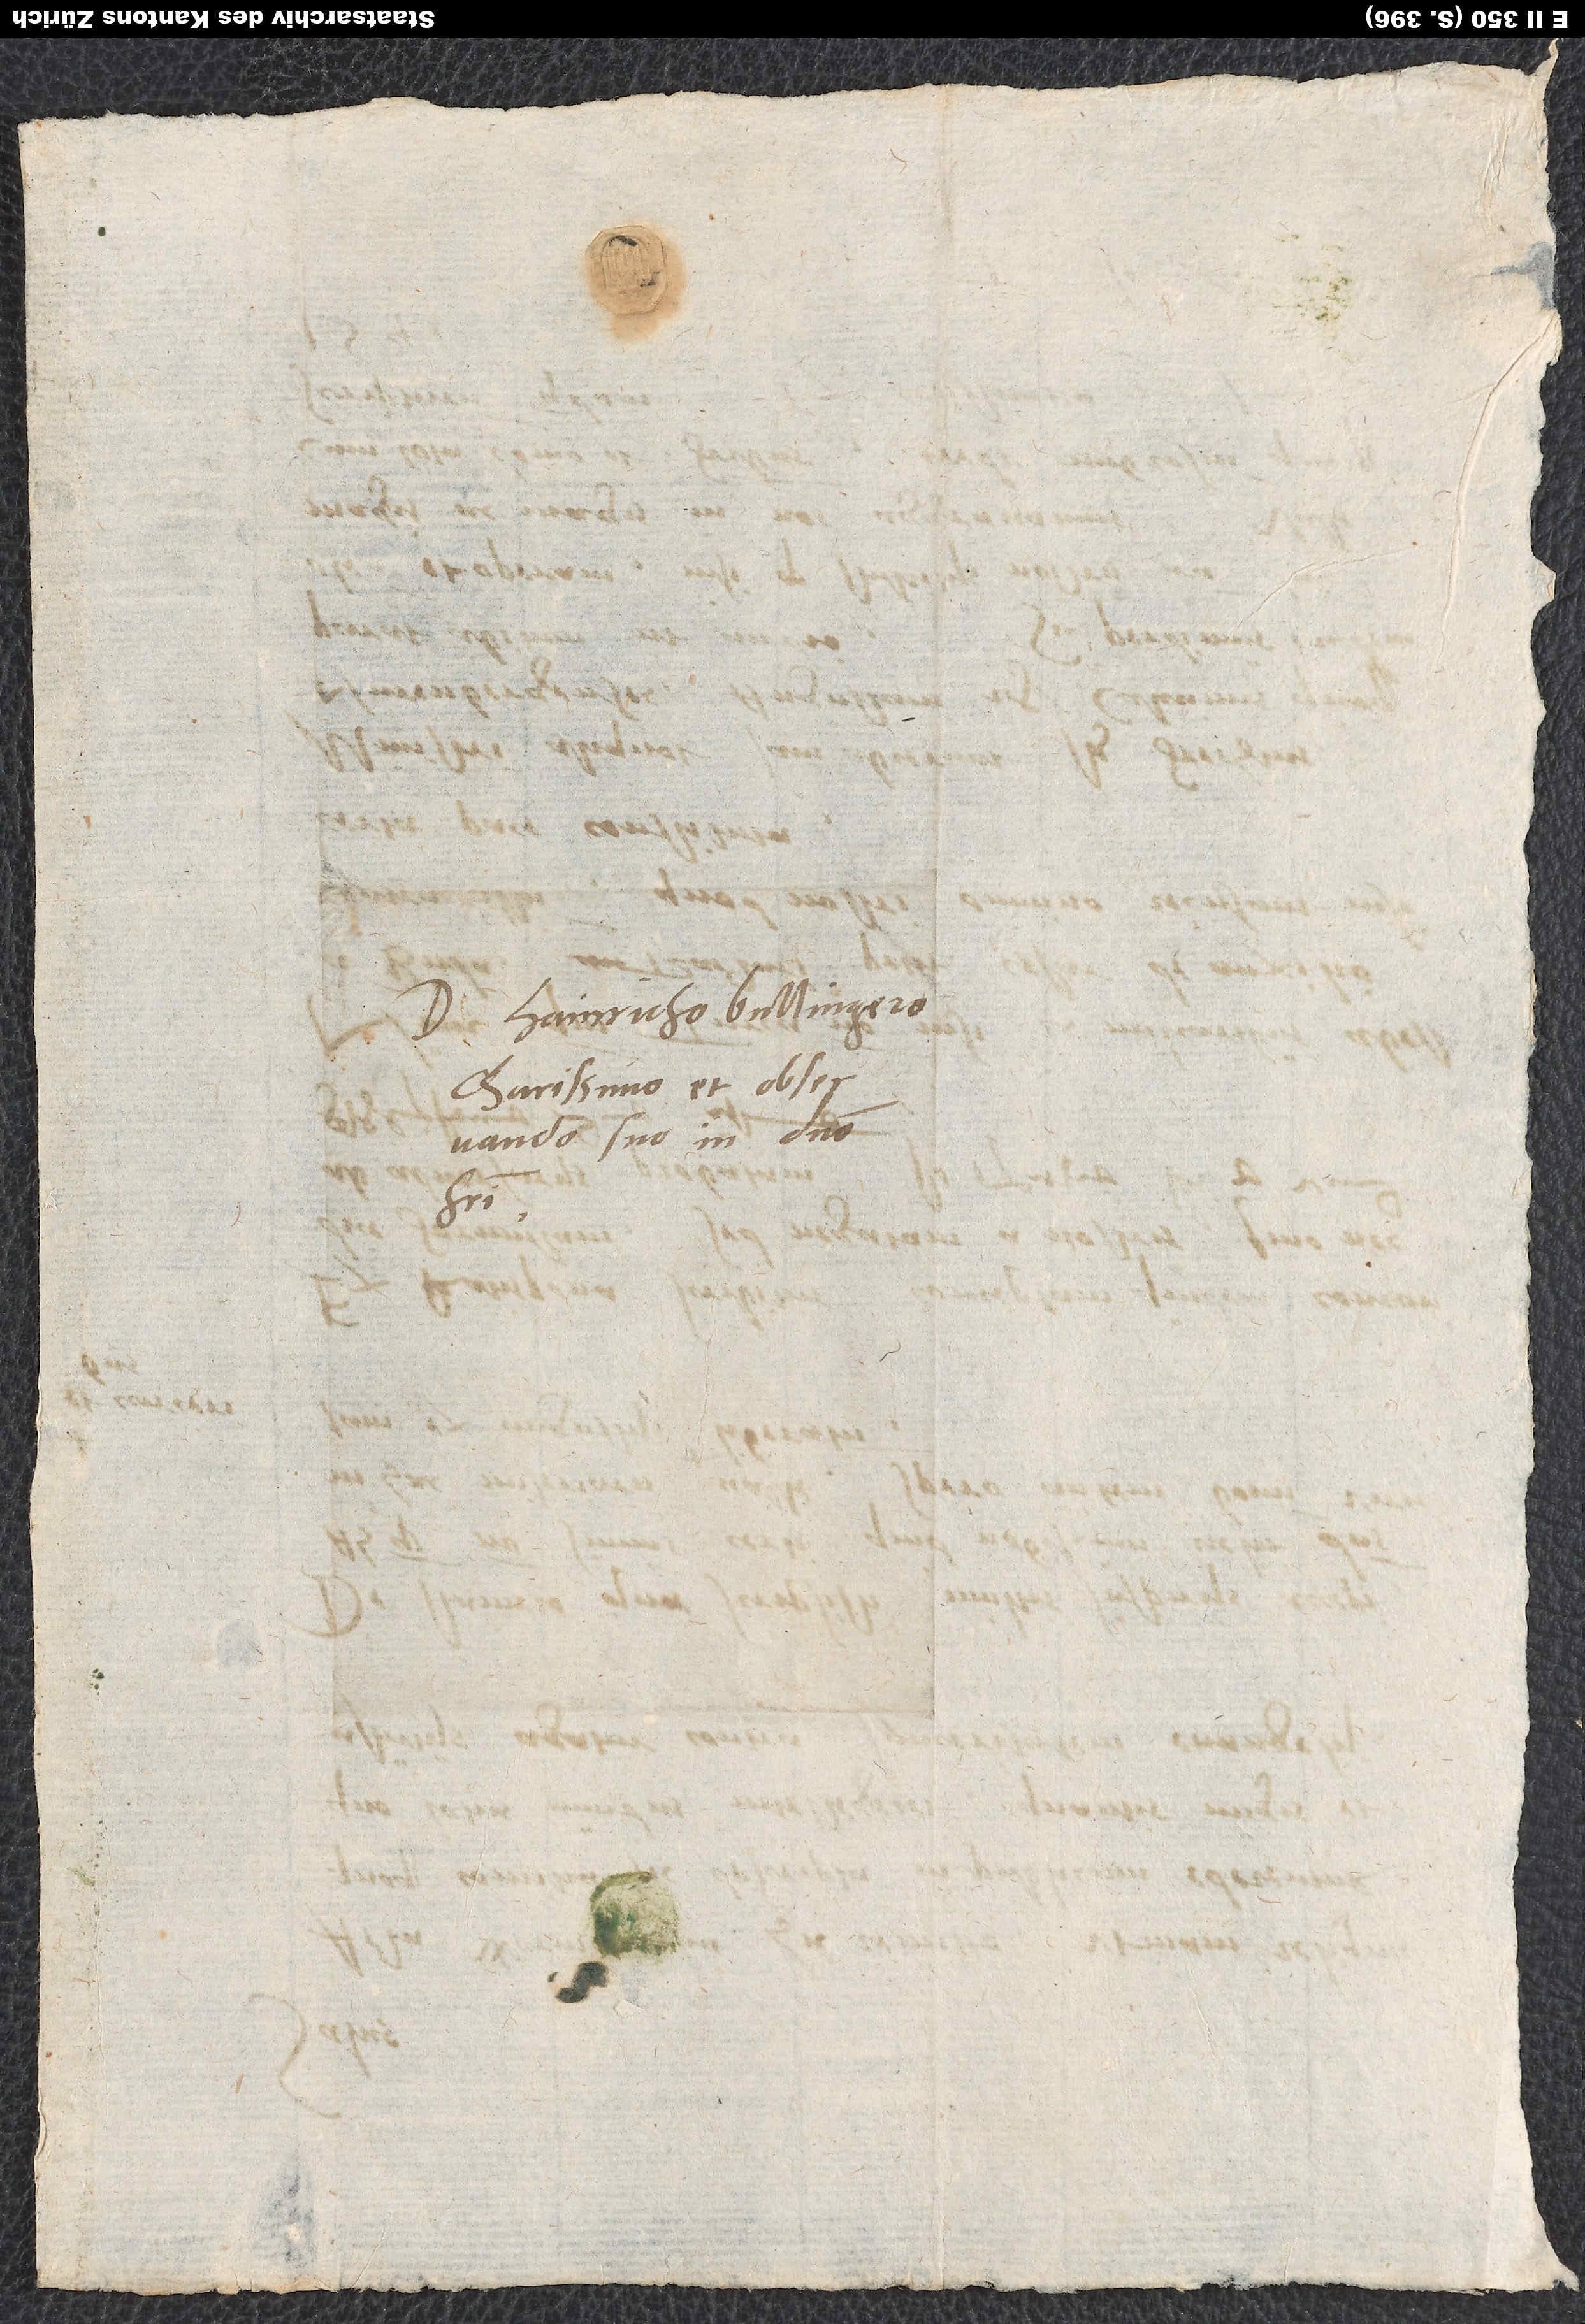
Domino Hainricho Bullingero,
charissimo et observando
suo in domino
fratri.